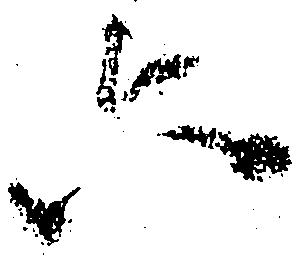
六